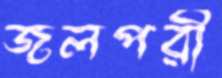
জলপরী